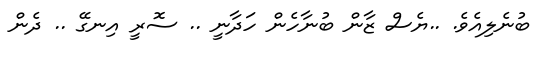
ބުނެލިއެވެ. ..ޔެސް ޒާން ބުނާހެން ހަދާނީ .. ސޮރީ އިނގޭ .. ދެން